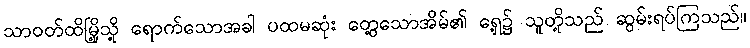
သာဝတ်ထိမြို့သို့ ရောက်သောအခါ ပထမဆုံး တွေ့သောအိမ်၏ ရှေ့၌ သူတို့သည် ဆွမ်းရပ်ကြသည်။